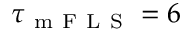
\tau _ { \mathrm { ~ m ~ F ~ L ~ S ~ } } = 6